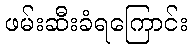
ဖမ်းဆီးခံရကြောင်း